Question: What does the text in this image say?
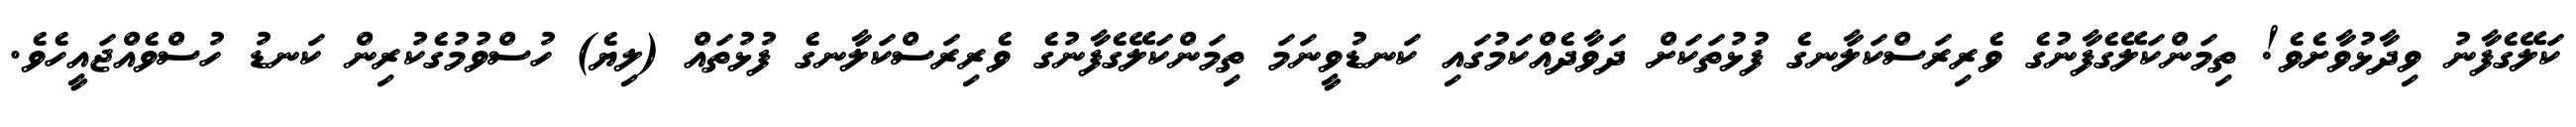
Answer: ކަލޭގެފާނު ވިދާޅުވާށެވެ! ތިމަންކަލޭގެފާނުގެ ވެރިރަސްކަލާނގެ ފުޅުތަކަށް ދަވާދެއްކަމުގައި ކަނޑުވީނަމަ ތިމަންކަލޭގެފާނުގެ ވެރިރަސްކަލާނގެ ފުޅުތައް (ލިޔެ) ހުސްވުމުގެކުރިން ކަނޑު ހުސްވެއްޖައީހެވެ.